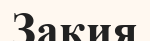
Закия